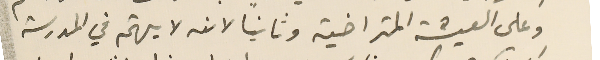
وعلى العيشة المتراخية وثانياً لانه لا يهتم في المدرسة